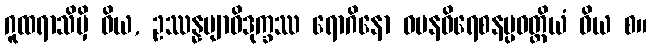
ဂူထရာသိမှိ ဝိယ, ဥဿန္နဗျာဓိဒုက္ခဿ ရောဂိနော ဝမနဝိရေစနပ္ပဝတ္တိယံ ဝိယ စ။